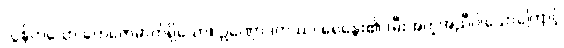
လွန်ကဲသော တေဇောဓာတ်ရှိသော။ ဥဏှောဒကဿ၊ ရေနွေး၏ (မီးအကူအညီပါသောကြောင့်